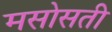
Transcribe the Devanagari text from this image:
मसोसती